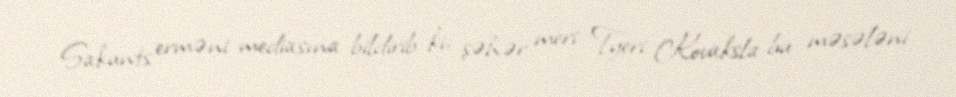
Sakunts erməni mediasına bildirib ki, şəhər meri Tyeri Kovaksla bu məsələni